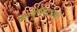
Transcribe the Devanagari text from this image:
कम्युनिस्टाक्की